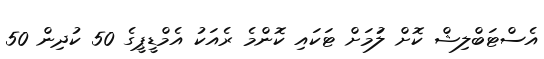
އެސްޓަބްލިޝް ކޮށް ލުަމަށް ޓަކައި ކޮންމެ ރެއަކު އެމްޑީޕީގެ 50 ކުދިން 50